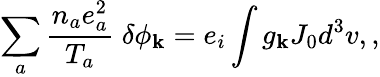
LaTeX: \sum_{a}\frac{n_{a}e_{a}^{2}}{T_{a}}\; \delta\phi_{\mathbf k}=e_{i}\int g_{\mathbf k}J_{0}d^{3}v,,